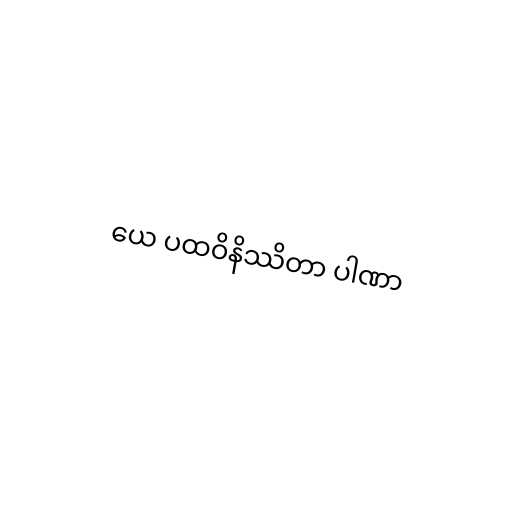
ယေ ပထဝိနိဿိတာ ပါဏာ